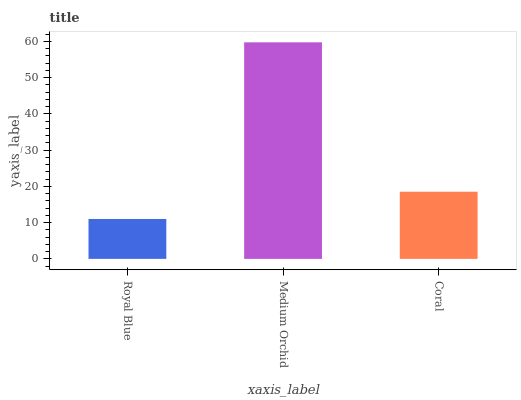
| xaxis_label | bars |
 | --- | --- |
 | Royal Blue | 11 |
 | Medium Orchid | 59.7 |
 | Coral | 18.5 |